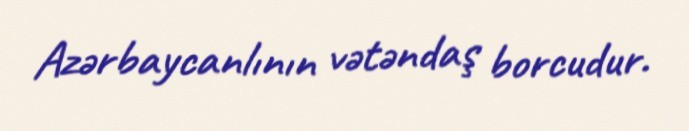
Azərbaycanlının vətəndaş borcudur.